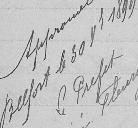
Approuvé le Belfort le 20 octobre 1899 le préfet